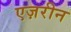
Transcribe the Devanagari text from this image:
एज़रीन